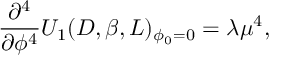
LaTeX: \frac { \partial ^ { 4 } } { \partial \phi ^ { 4 } } U _ { 1 } ( D , \beta , L ) _ { \phi _ { 0 } = 0 } = \lambda \mu ^ { 4 } ,